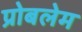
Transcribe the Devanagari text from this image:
प्रोबलेम